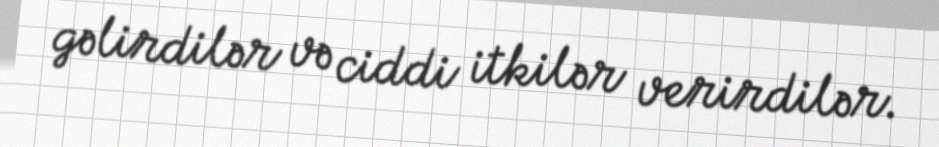
gəlirdilər və ciddi itkilər verirdilər.